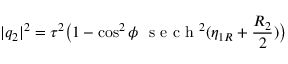
\lvert q _ { 2 } \rvert ^ { 2 } = \tau ^ { 2 } \big ( 1 - \cos ^ { 2 } \phi ~ \mathrm { ~ s ~ e ~ c ~ h ~ } ^ { 2 } ( \eta _ { 1 R } + \frac { R _ { 2 } } { 2 } ) \big )